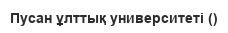
Пусан ұлттық университеті ()